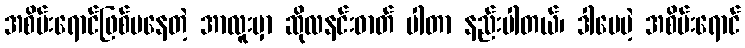
အစိမ်းရောင်ဖြစ်မနေတဲ့ အာလူးမှာ ဆိုလနင်းဓာတ် ပါတာ နည်းပါတယ်၊ ဒါပေမဲ့ အစိမ်းရောင်